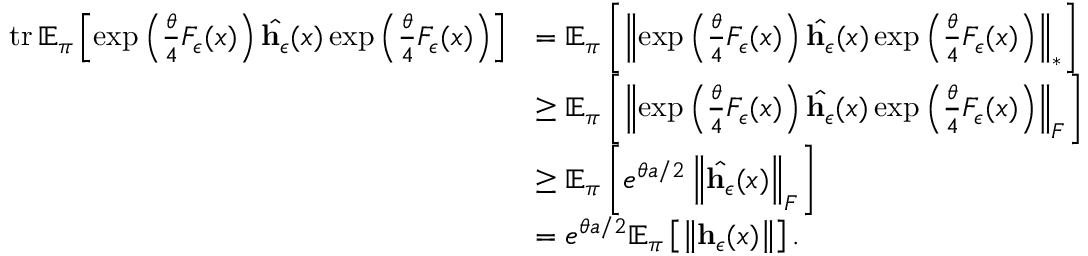
\begin{array} { r l } { \operatorname { t r } \mathbb { E } _ { \boldsymbol \pi } \left[ \exp \left( \frac { \theta } { 4 } F _ { \epsilon } ( x ) \right) \hat { \mathbf { h } _ { \epsilon } } ( x ) \exp \left( \frac { \theta } { 4 } F _ { \epsilon } ( x ) \right) \right] } & { = \mathbb { E } _ { \boldsymbol \pi } \left[ \left\lVert \exp \left( \frac { \theta } { 4 } F _ { \epsilon } ( x ) \right) \hat { \mathbf { h } _ { \epsilon } } ( x ) \exp \left( \frac { \theta } { 4 } F _ { \epsilon } ( x ) \right) \right\rVert _ { * } \right] } \\ & { \geq \mathbb { E } _ { \boldsymbol \pi } \left[ \left\lVert \exp \left( \frac { \theta } { 4 } F _ { \epsilon } ( x ) \right) \hat { \mathbf { h } _ { \epsilon } } ( x ) \exp \left( \frac { \theta } { 4 } F _ { \epsilon } ( x ) \right) \right\rVert _ { F } \right] } \\ & { \geq \mathbb { E } _ { \boldsymbol \pi } \left[ e ^ { \theta a / 2 } \left\lVert \hat { \mathbf { h } _ { \epsilon } } ( x ) \right\rVert _ { F } \right] } \\ & { = e ^ { \theta a / 2 } \mathbb { E } _ { \boldsymbol \pi } \left[ \left\lVert \mathbf { h } _ { \epsilon } ( x ) \right\rVert \right] . } \end{array}